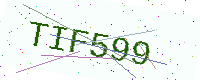
Text: TIF599